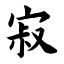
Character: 寂